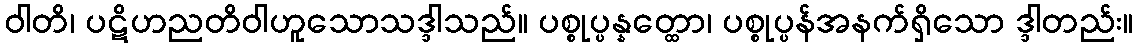
ဝါတိ၊ ပဋိဟညတိဝါဟူသောသဒ္ဒါသည်။ ပစ္စုပ္ပန္နတ္ထော၊ ပစ္စုပ္ပန်အနက်ရှိသော ဒ္ဒါတည်း။